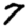
Digit: 7